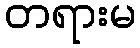
တရားမ